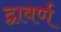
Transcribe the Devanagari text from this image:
द्वावर्ण